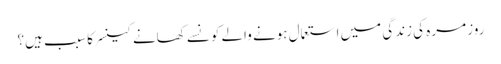
روز مرہ کی زندگی میں استعمال ہونے والے کونسے کھانے کینسر کا سبب ہیں؟